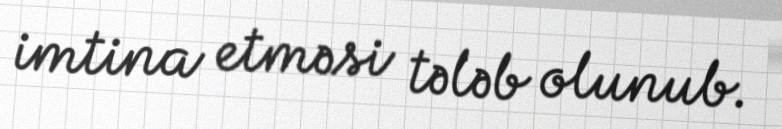
imtina etməsi tələb olunub.